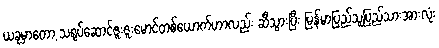
ယခုမှာတော့ သရုပ်ဆောင်ဇူးဇူးမောင်တစ်ယောက်ဟာလည်း ဆီသွားပြီး မြန်မာပြည်သူပြည်သားအားလုံး